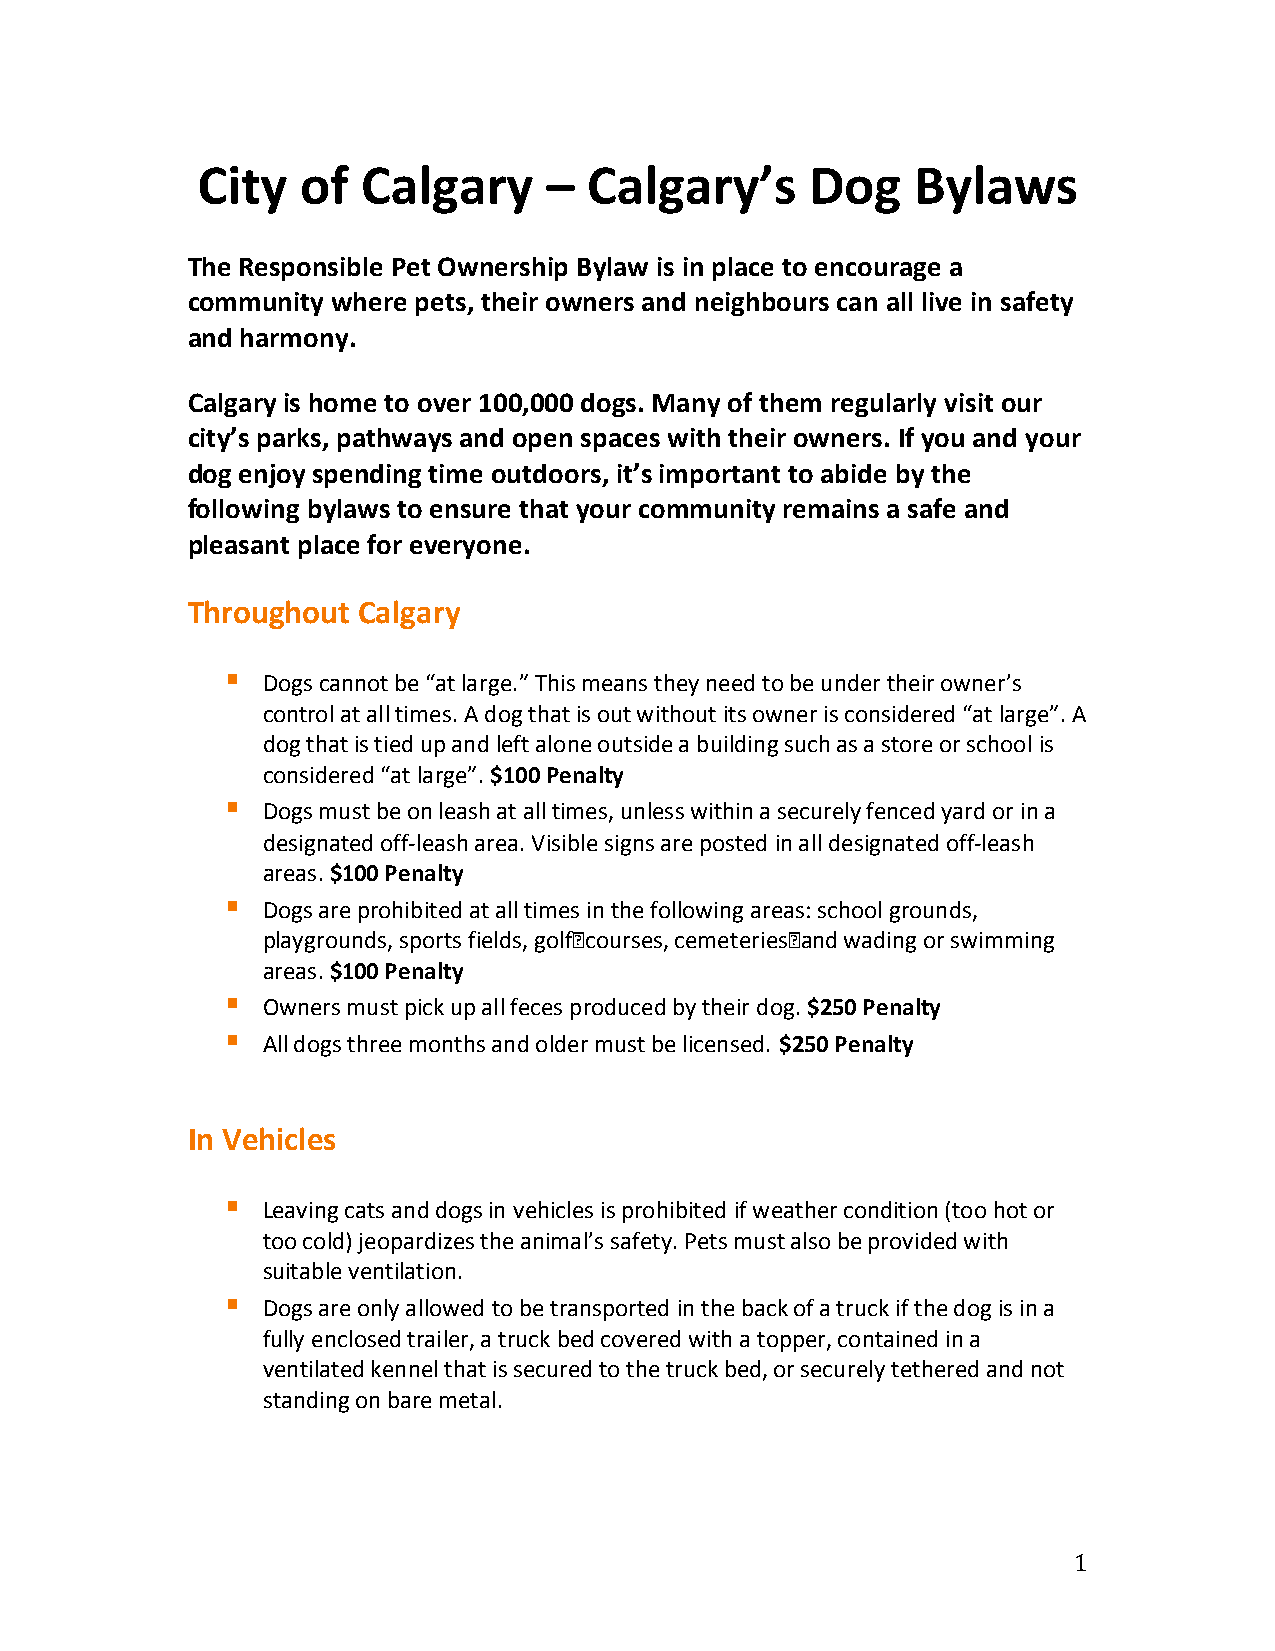
City   of  Calgary     –  Calgary’s      Dog    Bylaws
 The Responsible Pet Ownership Bylaw is in place to encourage a
 community where pets, their owners and neighbours can all live in safety
 and harmony.
 Calgary is home to over 100,000 dogs. Many of them regularly visit our
 city’s parks, pathways and open spaces with their owners. If you and your
 dog enjoy spending time outdoors, it’s important to abide by the
 following bylaws to ensure that your community remains a safe and
 pleasant place for everyone.
 Throughout  Calgary
 §
 Dogs cannot be “at large.” This means they need to be under their owner’s
 control at all times. A dog that is out without its owner is considered “at large”. A
 dog that is tied up and left alone outside a building such as a store or school is
 considered “at large”. $100 Penalty
 §
 Dogs must be on leash at all times, unless within a securely fenced yard or in a
 designated off-leash area. Visible signs are posted in all designated off-leash
 areas. $100 Penalty
 §
 Dogs are prohibited at all times in the following areas: school grounds,
 playgrounds, sports fields, golf courses, cemeteries and wading or swimming
 areas. $100 Penalty
 §
 Owners must pick up all feces produced by their dog. $250 Penalty
 §
 All dogs three months and older must be licensed. $250 Penalty
 In Vehicles
 §
 Leaving cats and dogs in vehicles is prohibited if weather condition (too hot or
 too cold) jeopardizes the animal’s safety. Pets must also be provided with
 suitable ventilation.
 §
 Dogs are only allowed to be transported in the back of a truck if the dog is in a
 fully enclosed trailer, a truck bed covered with a topper, contained in a
 ventilated kennel that is secured to the truck bed, or securely tethered and not
 standing on bare metal.
 1